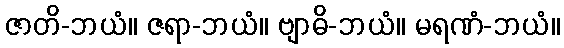
ဇာတိ-ဘယံ။ ဇရာ-ဘယံ။ ဗျာဓိ-ဘယံ။ မရဏံ-ဘယံ။